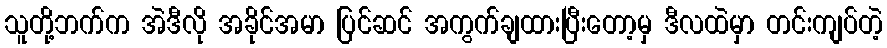
သူတို့ဘက်က အဲဒီလို အခိုင်အမာ ပြင်ဆင် အကွက်ချထားပြီးတော့မှ ဒီလထဲမှာ တင်းကျပ်တဲ့